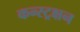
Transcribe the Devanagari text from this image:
कन्स्ट्रक्षन